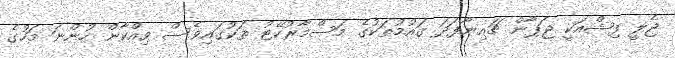
ޖެލީ ފިޝްއަކީ ޖަޕާން ޗައިނާފަދަ ގައުމުތަކުގެ މަސްމާރުކޭޓު ތަކުގައިވެސް ވިއްކާން ހުންނަ މަހުގެ